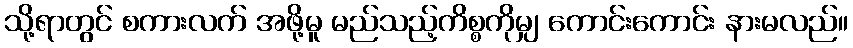
သို့ရာတွင် စကားလက် အဖို့မူ မည်သည့်ကိစ္စကိုမျှ ကောင်းကောင်း နားမလည်။